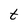
Character: t